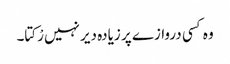
وہ کسی دروازے پر زیادہ دیر نہیں رْکتا۔